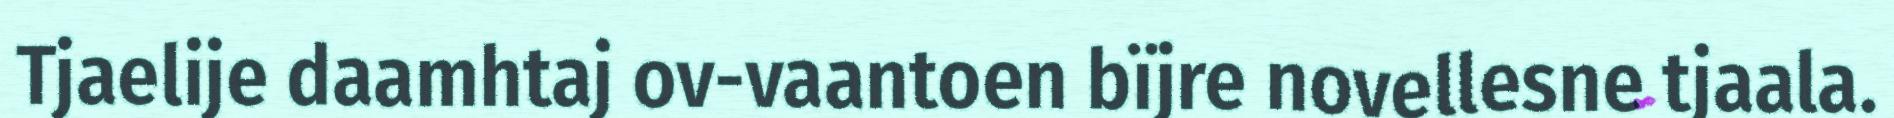
Tjaelije daamhtaj ov-vaantoen bïjre novellesne tjaala.